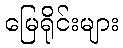
မြေရိုင်းများ